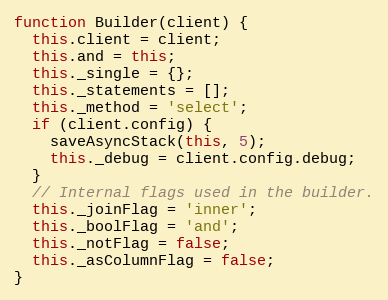
Language: JavaScript
function Builder(client) {
  this.client = client;
  this.and = this;
  this._single = {};
  this._statements = [];
  this._method = 'select';
  if (client.config) {
    saveAsyncStack(this, 5);
    this._debug = client.config.debug;
  }
  // Internal flags used in the builder.
  this._joinFlag = 'inner';
  this._boolFlag = 'and';
  this._notFlag = false;
  this._asColumnFlag = false;
}